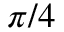
\pi / 4